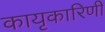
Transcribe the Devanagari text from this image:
कायृकारिणी